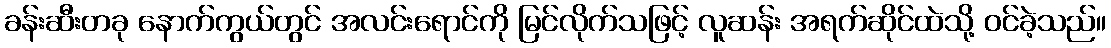
ခန်းဆီးတခု နောက်ကွယ်တွင် အလင်းရောင်ကို မြင်လိုက်သဖြင့် လူဆန်း အရက်ဆိုင်ထဲသို့ ဝင်ခဲ့သည်။